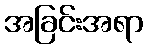
အခြင်းအရာ